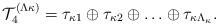
LaTeX: \begin{align*}{\cal T}^{(\Lambda\kappa)}_4 = \tau_{\kappa 1} \oplus \tau_{\kappa 2} \oplus \ldots \oplus \tau_{\kappa \Lambda_\kappa}.\end{align*}